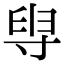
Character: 𡬯